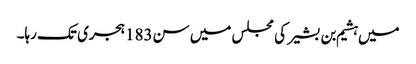
میں ہشیم بن بشیر کی مجلس میں سن183ہجری تک رہا۔